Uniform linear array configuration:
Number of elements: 24
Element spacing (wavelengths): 0.75
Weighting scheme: blackman
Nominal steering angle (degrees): -30
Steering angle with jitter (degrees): -30.85
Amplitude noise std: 0.05
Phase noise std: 0.05

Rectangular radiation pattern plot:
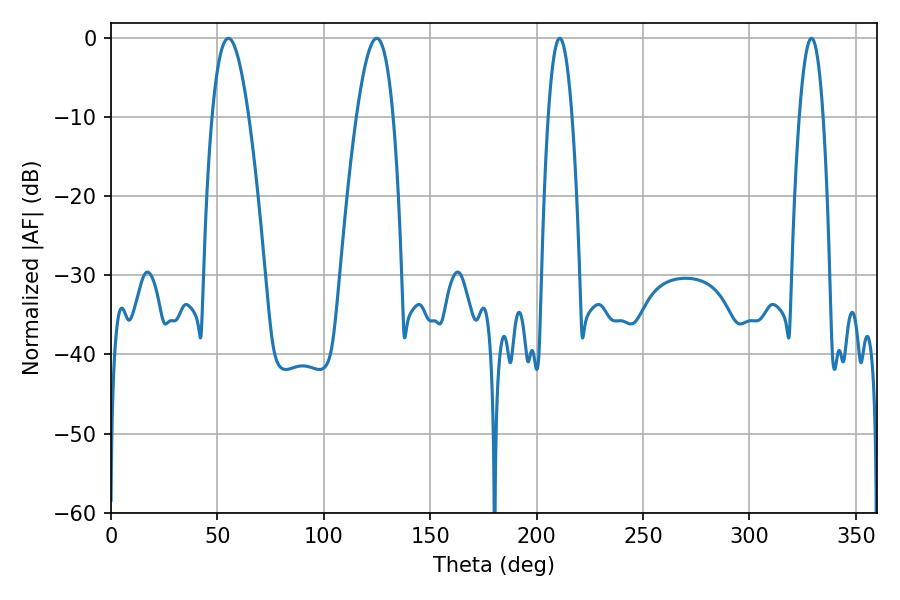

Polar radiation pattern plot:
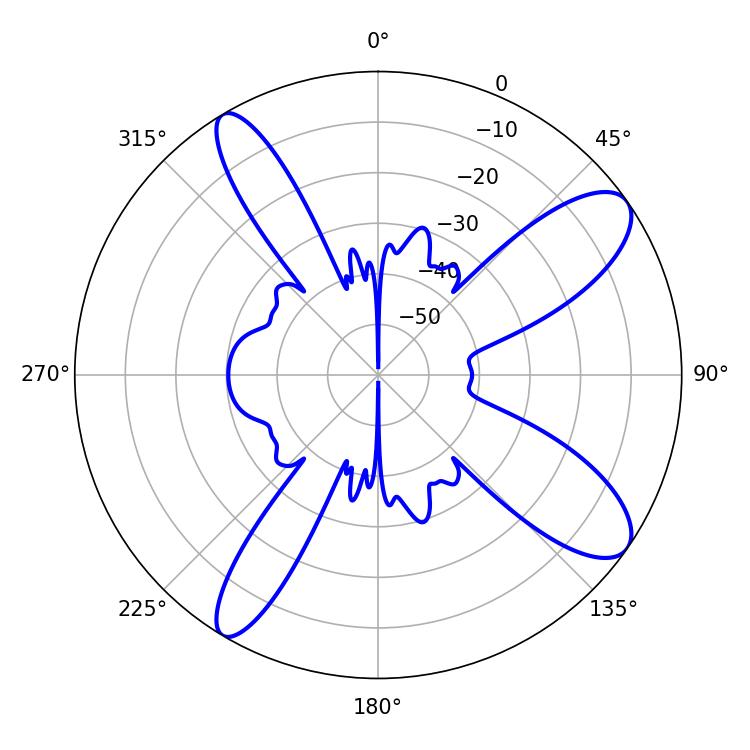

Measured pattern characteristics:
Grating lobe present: TRUE
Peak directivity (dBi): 10.64
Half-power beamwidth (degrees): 9.36
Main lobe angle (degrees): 55.08